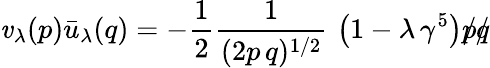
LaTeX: \mathit{v}_{\lambda}(p){\bar{{u}}}_{\lambda}(q)=-\frac{{1}}{{2}}{\frac{{1}}{{(2p\, q)^{1/2}}}}\, \left(1-\lambda\, \gamma^{5}\right)p\llap{/}q\llap{/}